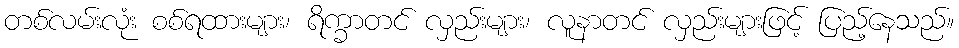
တစ်လမ်းလုံး စစ်ရထားများ၊ ရိက္ခာတင် လှည်းများ၊ လူနာတင် လှည်းများဖြင့် ပြည့်နေသည်။